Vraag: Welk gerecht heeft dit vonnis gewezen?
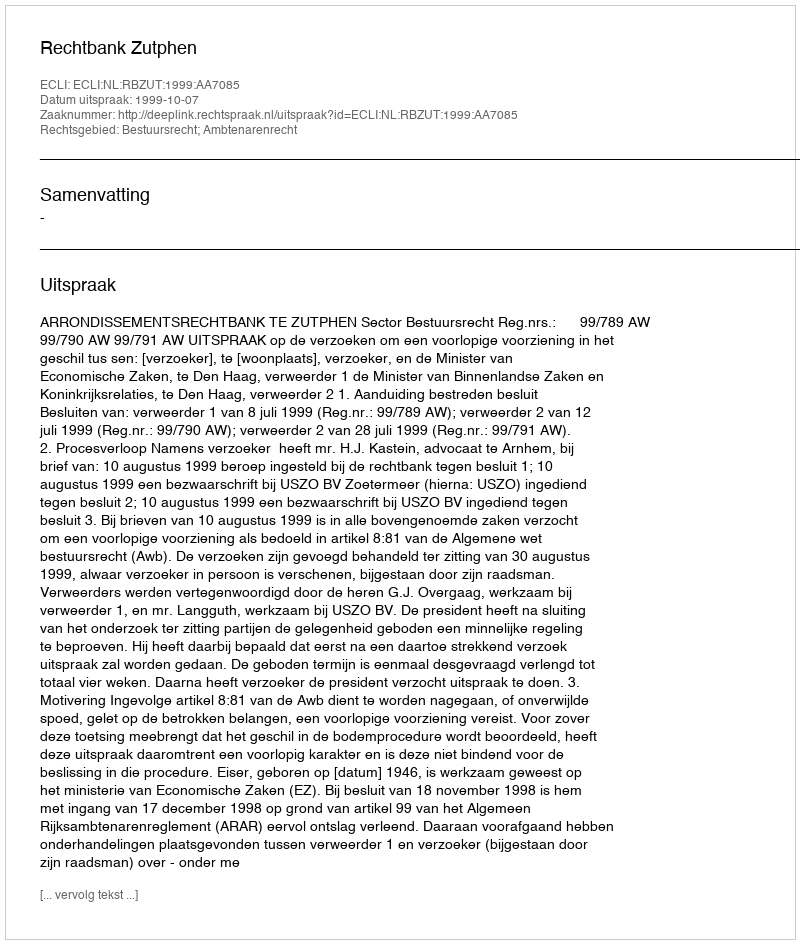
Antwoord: Rechtbank Zutphen